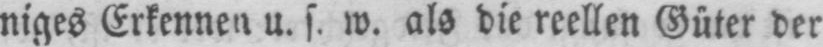
niges Erkennen u. s. w. als die reellen Güter der